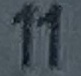
11